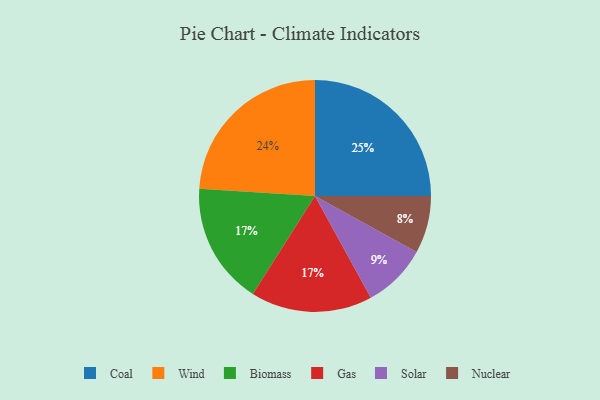
{"axis": {"x": "Category", "y": "Percentage"}, "legend": ["Biomass", "Coal", "Gas", "Nuclear", "Solar", "Wind"], "data": [{"x": "Wind", "y": 24, "type": "Wind"}, {"x": "Nuclear", "y": 8, "type": "Nuclear"}, {"x": "Biomass", "y": 17, "type": "Biomass"}, {"x": "Gas", "y": 17, "type": "Gas"}, {"x": "Coal", "y": 25, "type": "Coal"}, {"x": "Solar", "y": 9, "type": "Solar"}]}